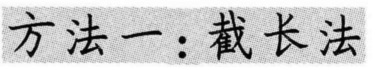
方法一：截长法